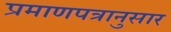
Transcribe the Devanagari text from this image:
प्रमाणपत्रानुसार